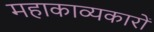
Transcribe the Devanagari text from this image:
महाकाव्यकारों